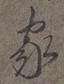
家